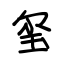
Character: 玺